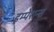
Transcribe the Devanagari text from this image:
इम्पेशन्स